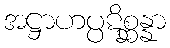
အဋ္ဌာဟပ္ပဋိစ္ဆန္နာ